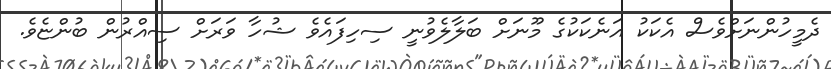
ދެމީހުންނަށްވެސް އެކަކު އަނެކަކުގެ މޫނަށް ބަލާލެވުނީ ސިހިފައެވެ ޝުހާ ވަރަށް ސިއްރުން ބުންޏެވެ.